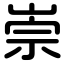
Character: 崇